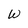
Character: W